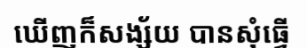
ឃើញក៏សង្ស័យ បានសុំធ្វើ